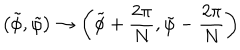
\left( \tilde { \phi } , \tilde { \varphi } \right) \rightarrow \left( \tilde { \phi } + \frac { 2 \pi } { N } , \tilde { \varphi } - \frac { 2 \pi } { N } \right)